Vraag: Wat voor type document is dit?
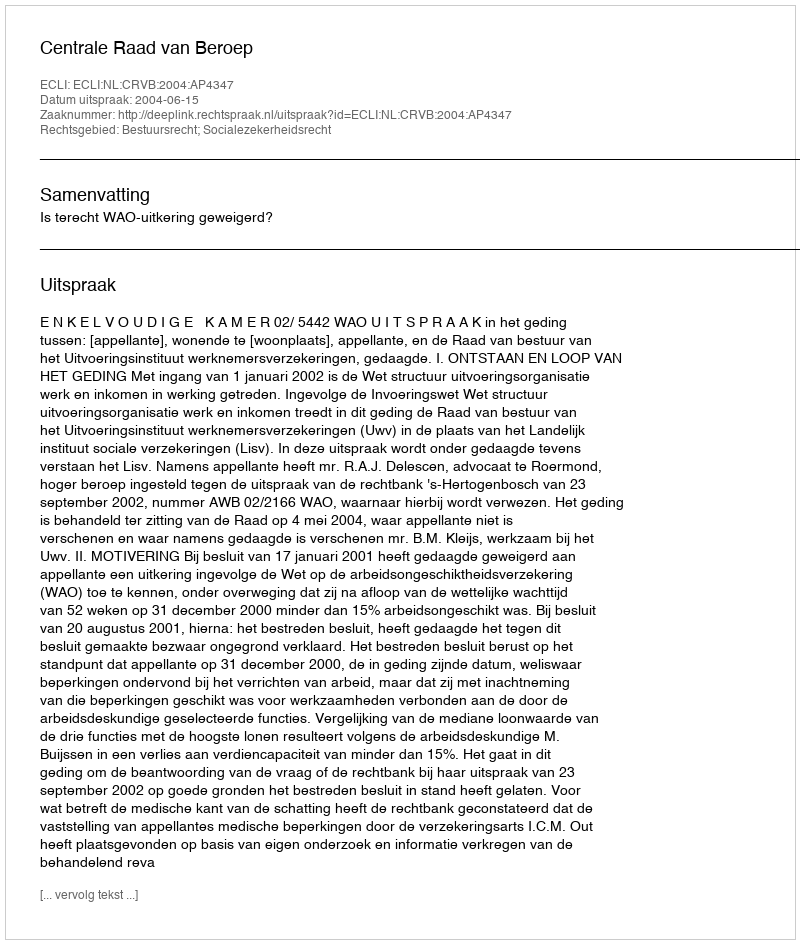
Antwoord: Uitspraak